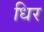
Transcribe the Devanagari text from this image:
धिर